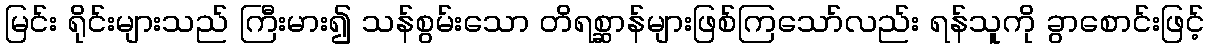
မြင်း ရိုင်းများသည် ကြီးမား၍ သန်စွမ်းသော တိရစ္ဆာန်များဖြစ်ကြသော်လည်း ရန်သူကို ခွာစောင်းဖြင့်